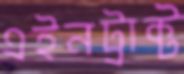
এইনট্রাক্ট